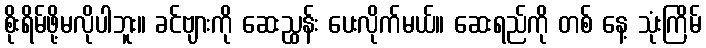
စိုးရိမ်ဖို့မလိုပါဘူး။ ခင်ဗျားကို ဆေးညွှန်း ပေးလိုက်မယ်။ ဆေးရည်ကို တစ် နေ့ သုံးကြိမ်